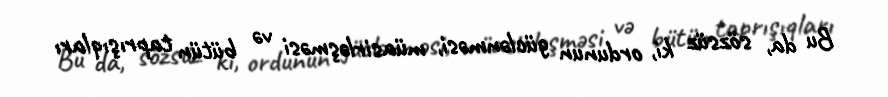
Bu da, sözsüz ki, ordunun güclənməsi, müasirləşməsi və bütün taprışıqları